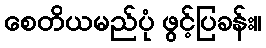
စေတိယမည်ပုံ ဖွင့်ပြခန်း။